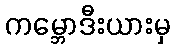
ကမ္ဘောဒီးယားမှ